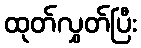
ထုတ်လွှတ်ပြီး